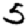
Digit: 5